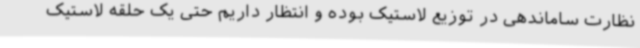
نظارت ساماندهی در توزیع لاستیک بوده و انتظار داریم حتی یک حلقه لاستیک